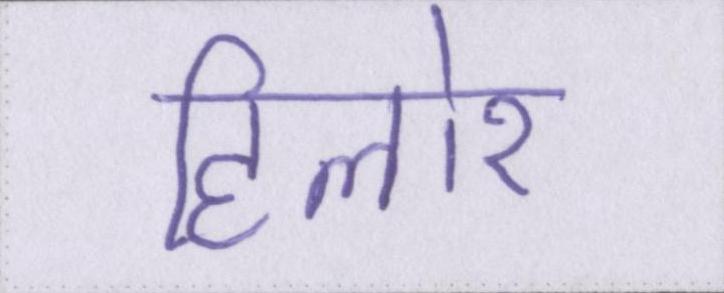
हिलोर